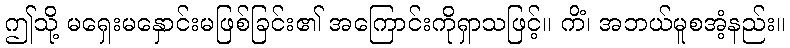
ဤသို့ မရှေးမနှောင်းမဖြစ်ခြင်း၏ အကြောင်းကိုရှာသဖြင့်။ ကိံ၊ အဘယ်မူစအံ့နည်း။